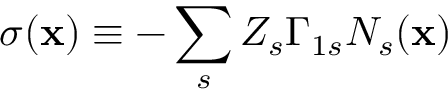
\sigma ( { \bf x } ) \equiv - \sum _ { s } Z _ { s } \Gamma _ { 1 s } N _ { s } ( { \bf x } )